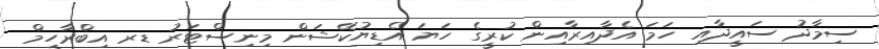
ސިމާދު ސައީދާއި ހަމަ އެދާއިރާއިން ކުރީގެ ހަޔަ އެޑިޔުކޭޝަން މިނިސްޓަރު ޑރ އިބްރާހީމް